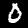
Label: 0